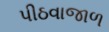
પીઠવાજાળ